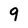
Character: 9